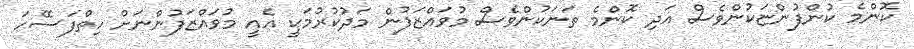
ކޮންމެ ކުންފުންޏަކުންވެސް އަދި ކޮންމެ ތަނަކުންވެސް މުވައްޒަފުން މަދުކުރުމަކީ އެއީ މުވައްޒަފުންނަށް ހިތްފަސޭހަ